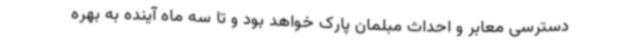
دسترسی معابر و احداث مبلمان پارک خواهد بود و تا سه ماه آینده به بهره